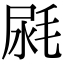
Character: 𣭼